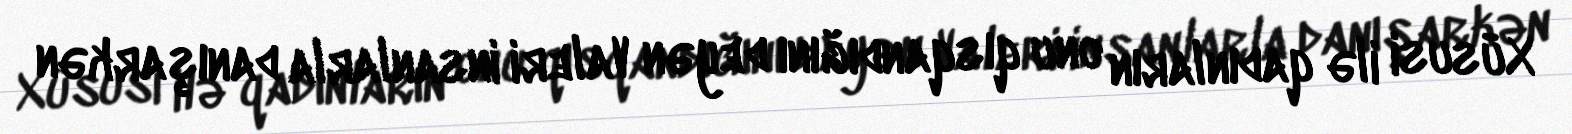
Xüsusi ilə qadınların onu qısqandığını deyən Valeri insanlarla danışarkən